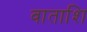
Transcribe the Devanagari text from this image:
वाताशि